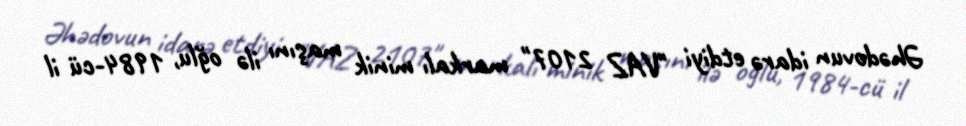
Əhədovun idarə etdiyi "VAZ 2107" markalı minik maşını ilə oğlu, 1984-cü il